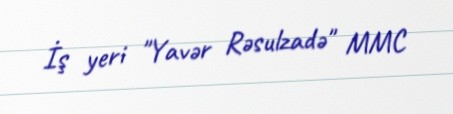
İş yeri "Yavər Rəsulzadə" MMC